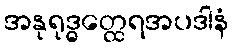
အနုရုဒ္ဓတ္ထေရအပဒါနံ